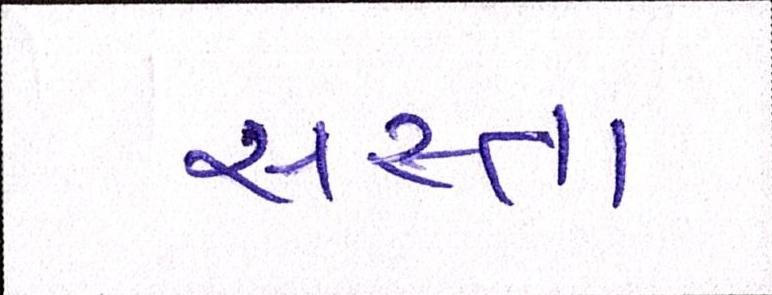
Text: સસ્તા